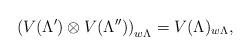
LaTeX: \begin{align*}\left (V(\Lambda')\otimes V(\Lambda'')\right)_{w\Lambda} = V(\Lambda)_{w\Lambda},\end{align*}